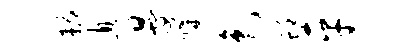
耨息晏媾色蜓平